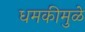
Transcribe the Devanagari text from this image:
धमकीमुळे